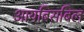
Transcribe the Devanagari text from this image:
आयबिसबिल